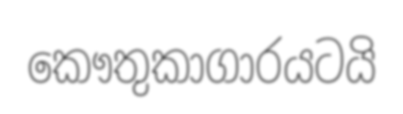
කෞතුකාගාරයටයි